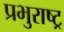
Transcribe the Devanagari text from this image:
प्रभुराष्ट्र